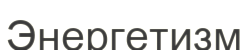
Энергетизм